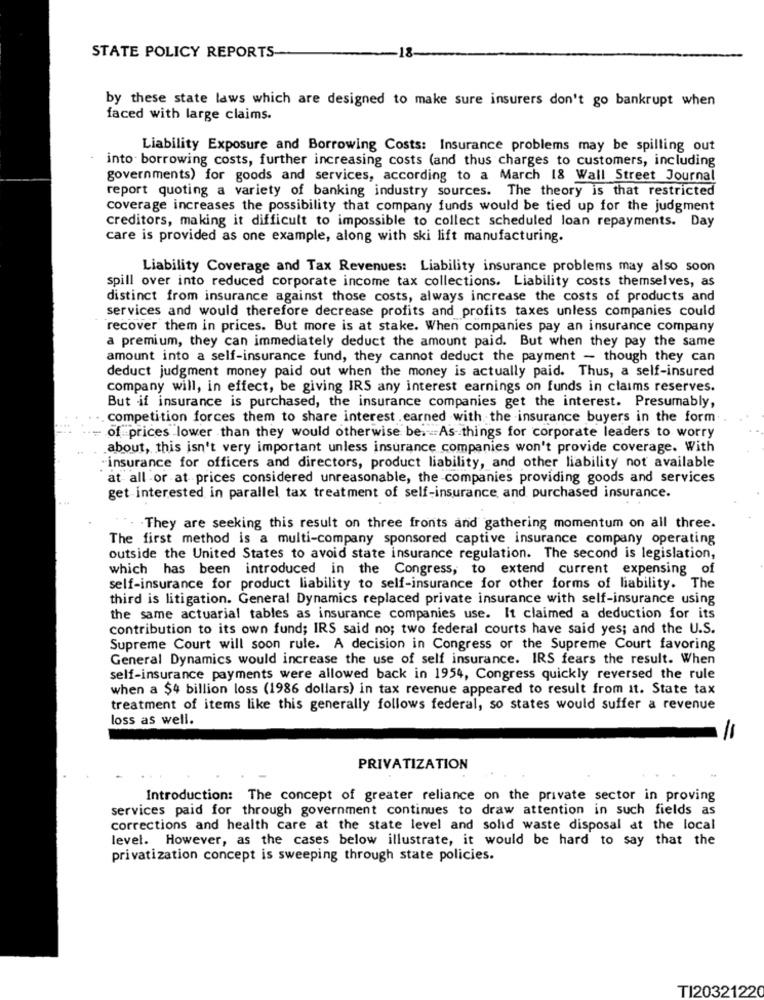
STATE POLICY REPORTS
1%
by these state laws which are designed to make sure insurers don't go bankrupt when
faced with large claims.
Liability Exposure and Borrowing Costs: Insurance problems may be spilling out
into borrowing costs, further increasing costs (and thus charges to customers, including
governments) for goods and services, according to a March 18 Wall Street Journal
report quoting a variety of banking industry sources. The theory is that restricted
coverage increases the possibility that company funds would be tied up for the judgment
creditors, making it difficult to impossible to collect scheduled loan repayments. Day
care is provided as one example, along with ski lift manufacturing.
Liability Coverage and Tax Revenues: Liability insurance problems may also soon
spill over into reduced corporate income tax collections. Liability costs themselves, as
distinct from insurance against those costs, always increase the costs of products and
services and would therefore decrease profits and profits taxes unless companies could
recover them in prices. But more is at stake. When companies pay an insurance company
a premium, they can immediately deduct the amount paid. But when they pay the same
amount into a self-insurance fund, they cannot deduct the payment - though they can
deduct judgment money paid out when the money is actually paid. Thus, a self-insured
company will, in effect, be giving IRS any interest earnings on funds in claims reserves.
But if insurance is purchased, the insurance companies get the interest. Presumably,
competition forces them to share interest . earned with the insurance buyers in the form.
of prices lower than they would otherwise be. As things for corporate leaders to worry
about, this isn't very important unless insurance companies won't provide coverage. With
"insurance for officers and directors, product liability, and other liability not available
at all or at prices considered unreasonable, the companies providing goods and services
get interested in parallel tax treatment of self-insurance and purchased insurance.
They are seeking this result on three fronts and gathering momentum on all three.
The first method is a multi-company sponsored captive insurance company operating
outside the United States to avoid state insurance regulation. The second is legislation,
which has been introduced in the Congress, to extend current expensing of
self-insurance for product liability to self-insurance for other forms of liability. The
third is litigation. General Dynamics replaced private insurance with self-insurance using
the same actuarial tables as insurance companies use. It claimed a deduction for its
contribution to its own fund; IRS said no; two federal courts have said yes; and the U.S.
Supreme Court will soon rule. A decision in Congress or the Supreme Court favoring
General Dynamics would increase the use of self insurance. IRS fears the result. When
self-insurance payments were allowed back in 1954, Congress quickly reversed the rule
when a $4 billion loss (1986 dollars) in tax revenue appeared to result from it. State tax
treatment of items like this generally follows federal, so states would suffer a revenue
loss as well.
PRIVATIZATION
Introduction: The concept of greater reliance on the private sector in proving
services paid for through government continues to draw attention in such fields as
corrections and health care at the state level and solid waste disposal at the local
level. However, as the cases below illustrate, it would be hard to say that the
privatization concept is sweeping through state policies.
TI2032122